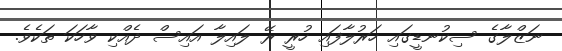
ނަޒްލާގެ ސިކުނޑީގައި ހަރުލާފައި ހުރީ ރޭ ލައިލާ އައިސް ދެއްކި ވާހަކަ ތަކެވެ.